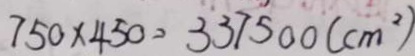
7 5 0 \times 4 5 0 = 3 3 7 5 0 0 ( c m ^ { 2 } )